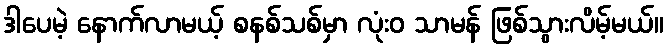
ဒါပေမဲ့ နောက်လာမယ့် စနစ်သစ်မှာ လုံးဝ သာမန် ဖြစ်သွားလိမ့်မယ်။